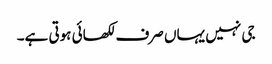
جی نہیں یہاں صرف لکھائی ہوتی ہے۔